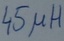
Text: 45µH